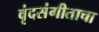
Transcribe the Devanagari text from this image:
वृंदसंगीताचा